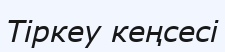
Тіркеу кеңсесі